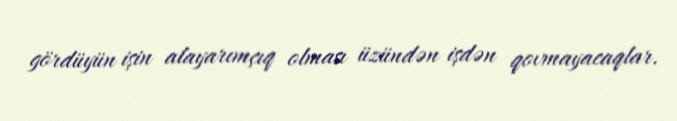
gördüyün işin alayarımçıq olması üzündən işdən qovmayacaqlar.